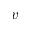
v